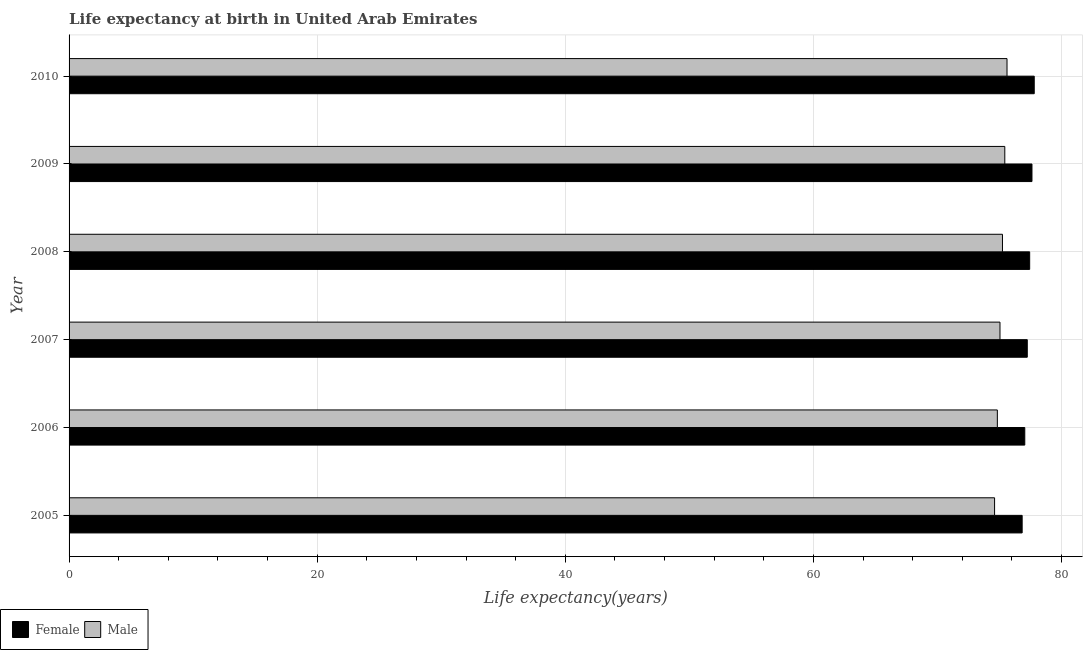
| Year | Female | Male |
 | --- | --- | --- |
 | 2005 | 76.8 | 74.6 |
 | 2006 | 77 | 74.8 |
 | 2007 | 77.2 | 75 |
 | 2008 | 77.4 | 75.2 |
 | 2009 | 77.6 | 75.4 |
 | 2010 | 77.8 | 75.6 |